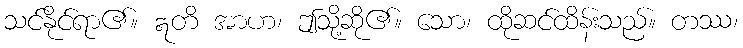
သင်နိုင်ရာ၏။ ဣတိ အာဟ၊ ဤသို့ဆို၏။ သော၊ ထိုဆင်ထိန်းသည်။ တဿ၊